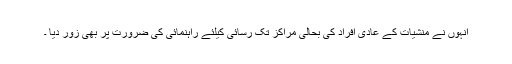
انہوں نے منشیات کے عادی افراد کی بحالی مراکز تک رسائی کیلئے راہنمائی کی ضرورت پر بھی زور دیا ۔